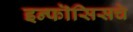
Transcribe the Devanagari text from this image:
इन्फॊसिसचे